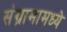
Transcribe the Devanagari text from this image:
संग्रामामध्‍ये